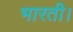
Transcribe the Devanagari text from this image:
भारती।